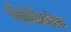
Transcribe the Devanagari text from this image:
पैलेसिपोडा